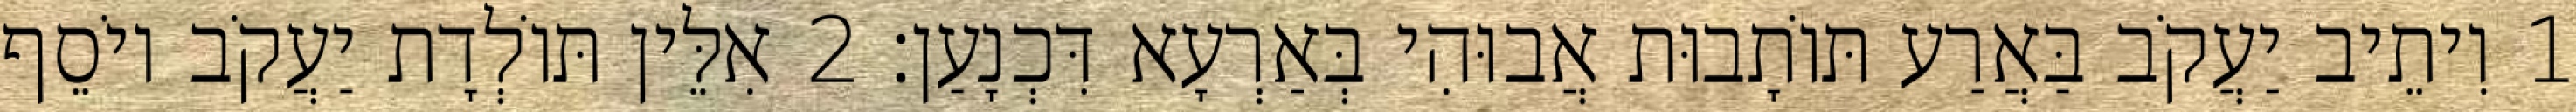
1 וִיתֵיב יַעֲקֹב בַּאֲרַע תּוֹתָבוּת אֲבוּהִי בְּאַרְעָא דִּכְנָעַן׃ 2 אִלֵּין תּוֹלְדָת יַעֲקֹב יוֹסֵף